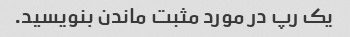
یک رپ در مورد مثبت ماندن بنویسید.